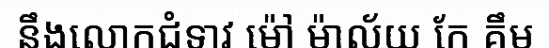
នឹងលោកជំទាវ ម៉ៅ ម៉ាល័យ កែ គឹម